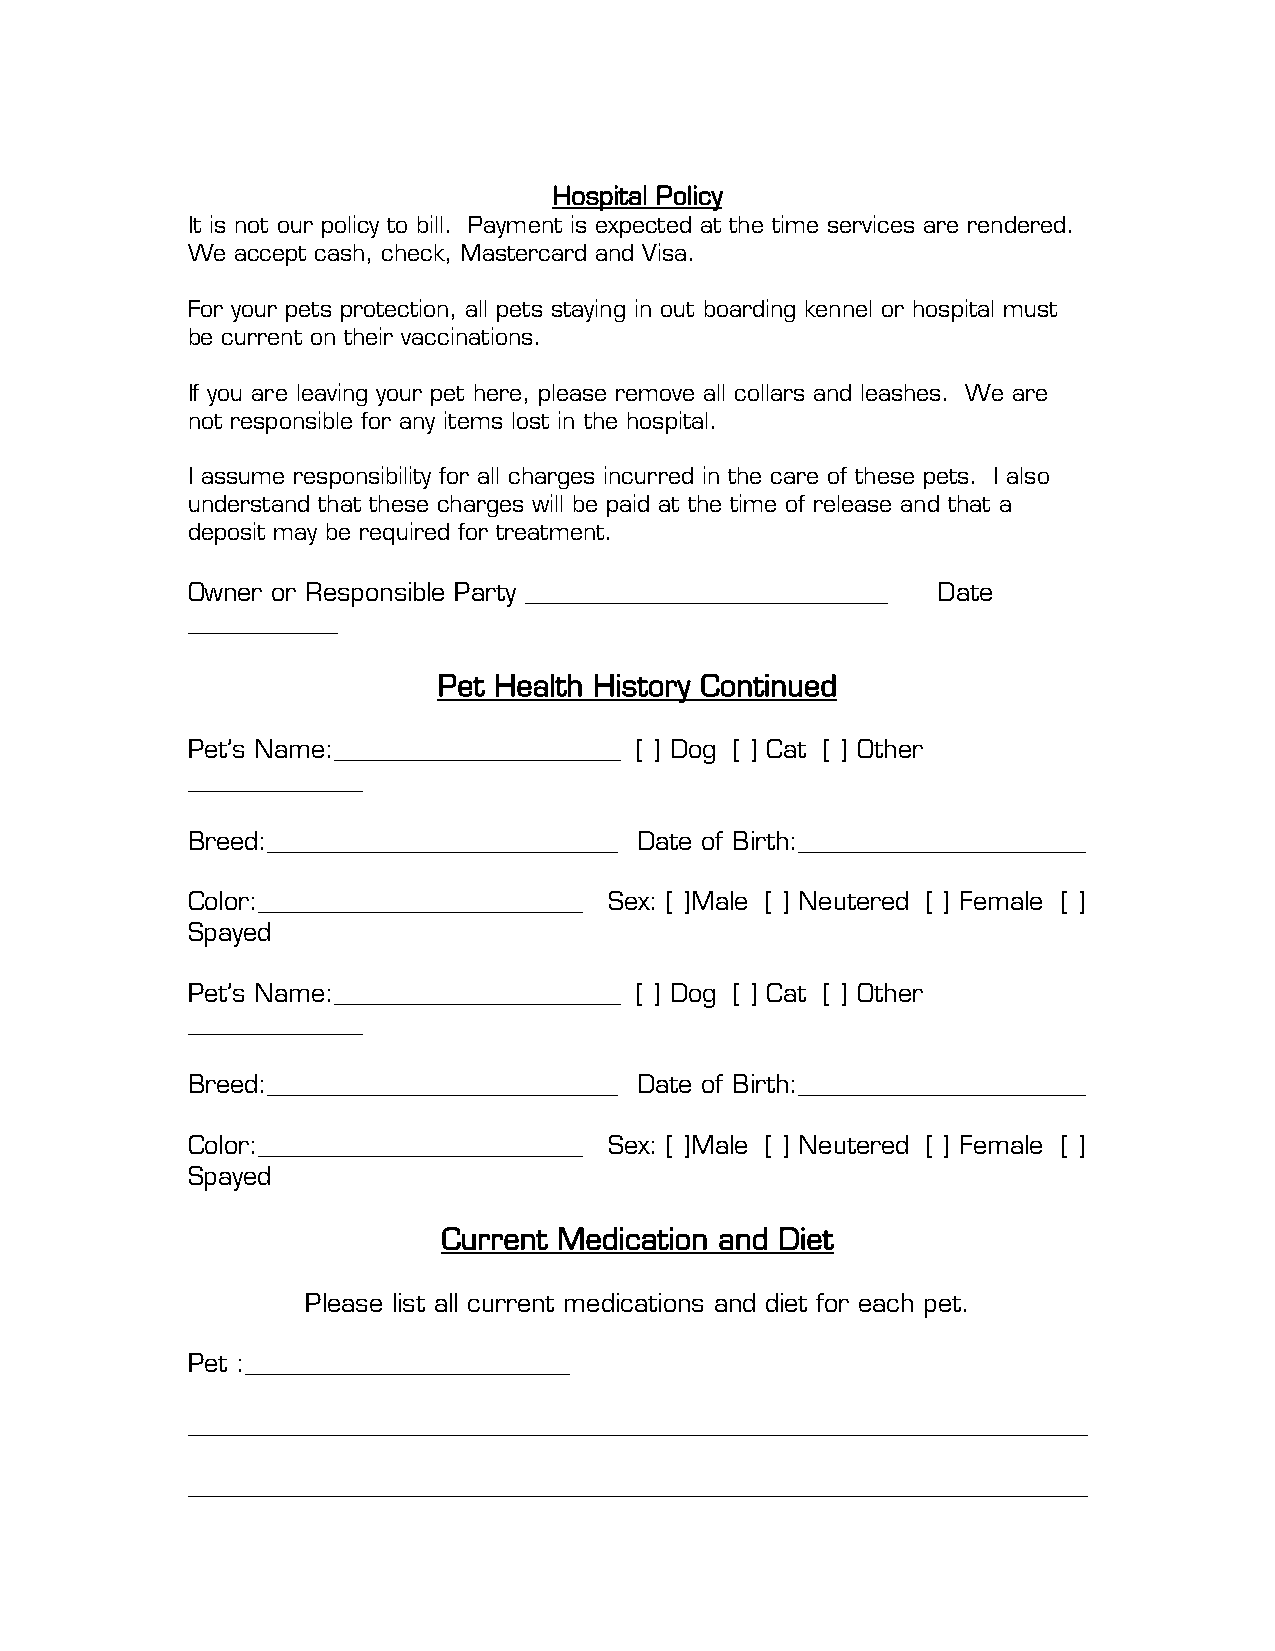
Hospital Policy
 It is not our policy to bill. Payment is expected at the time services are rendered.
 We accept cash, check, Mastercard and Visa.
 For your pets protection, all pets staying in out boarding kennel or hospital must
 be current on their vaccinations.
 If you are leaving your pet here, please remove all collars and leashes. We are
 not responsible for any items lost in the hospital.
 I assume responsibility for all charges incurred in the care of these pets. I also
 understand that these charges will be paid at the time of release and that a
 deposit may be required for treatment.
 Owner or Responsible Party _____________________________ Date
 ____________
 Pet Health History Continued
 Pet’s Name:_______________________ [ ] Dog [ ] Cat [ ] Other
 ______________
 Breed:____________________________ Date of Birth:_______________________
 Color:__________________________ Sex: [ ]Male [ ] Neutered [ ] Female [ ]
 Spayed
 Pet’s Name:_______________________ [ ] Dog [ ] Cat [ ] Other
 ______________
 Breed:____________________________ Date of Birth:_______________________
 Color:__________________________ Sex: [ ]Male [ ] Neutered [ ] Female [ ]
 Spayed
 Current Medication and Diet
 Please list all current medications and diet for each pet.
 Pet :__________________________
 ________________________________________________________________________
 ________________________________________________________________________